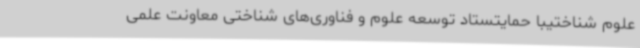
علوم شناختیبا حمایتستاد توسعه علوم و فناوری‌های شناختی معاونت علمی